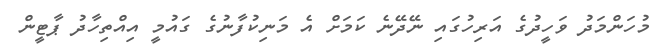
މުހަންމަދު ވަހީދުގެ އަރިހުގައި ނޭދޭނެ ކަމަށް އެ މަނިކުފާނުގެ ގައުމީ އިއްތިހާދު ޕާޓީން